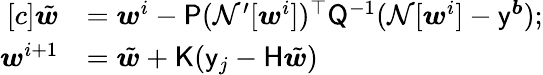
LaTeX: \begin{array}{rl}{[c]\tilde{\boldsymbol{w}}}&{=\boldsymbol{w}^{i}-\mathsf{P}(\mathcal{N^{\prime}}[\boldsymbol{w}^{i}])^{\top}\mathsf{Q}^{-1}(\mathcal{N}[\boldsymbol{w}^{i}]-\mathsf{y}^{\boldsymbol{b}})\mathrm{;}}\\ {\boldsymbol{w}^{i+1}}&{=\tilde{\boldsymbol{w}}+\mathsf{K}(\mathsf{y}_{j}-\mathsf{H}\tilde{\boldsymbol{w}})}\end{array}